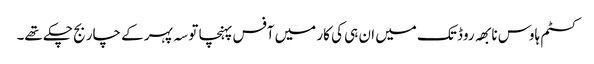
کسٹم ہاوس نابھہ روڈ تک میں ان ہی کی کار میں آفس پہنچا تو سہ پہر کے چار بج چکے تھے۔